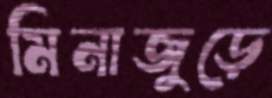
মিনাজুড়ে